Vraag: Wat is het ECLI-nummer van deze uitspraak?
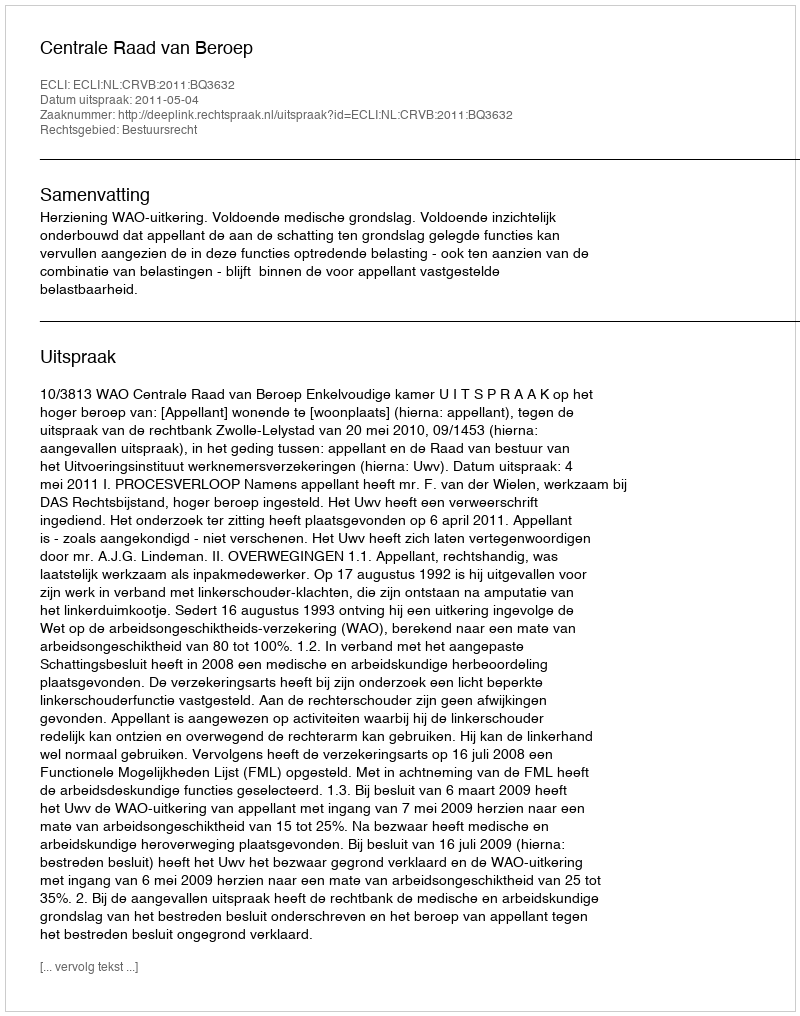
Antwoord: ECLI:NL:CRVB:2011:BQ3632